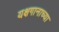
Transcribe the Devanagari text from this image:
यक्षगानाच्या